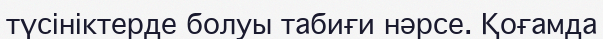
түсініктерде болуы табиғи нәрсе. Қоғамда